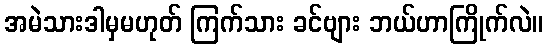
အမဲသားဒါမှမဟုတ် ကြက်သား ခင်ဗျား ဘယ်ဟာကြိုက်လဲ။